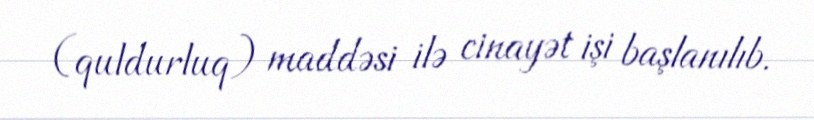
(quldurluq) maddəsi ilə cinayət işi başlanılıb.